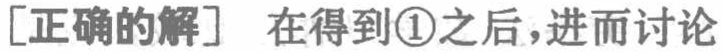
[正确的解] 在得到\textcircled{1}之后，进而讨论